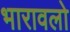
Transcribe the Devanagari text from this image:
भारावलो